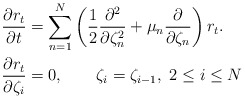
\begin{align*}\frac{\partial r_{t}}{\partial{t}}&=\sum_{n=1}^N\left(\frac{1}{2}\frac{\partial^2}{\partial\zeta_n^2}+\mu_n\frac{\partial }{\partial\zeta_n}\right)r_{t}.\\\frac{\partial r_{t}}{\partial\zeta_i}&=0,\qquad \zeta_i=\zeta_{i-1},\ 2\leq i\leq N\end{align*}